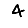
Digit: 4